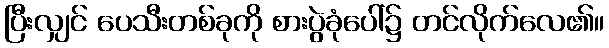
ပြီးလျှင် ပေသီးတစ်ခုကို စားပွဲခုံပေါ်၌ တင်လိုက်လေ၏။